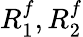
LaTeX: R_{1}^{f},R_{2}^{f}